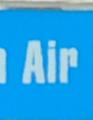
air